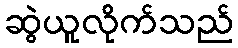
ဆွဲယူလိုက်သည်